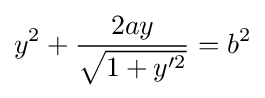
y^{2}+{\frac {2ay}{\sqrt {1+y'^{2}}}}=b^{2}